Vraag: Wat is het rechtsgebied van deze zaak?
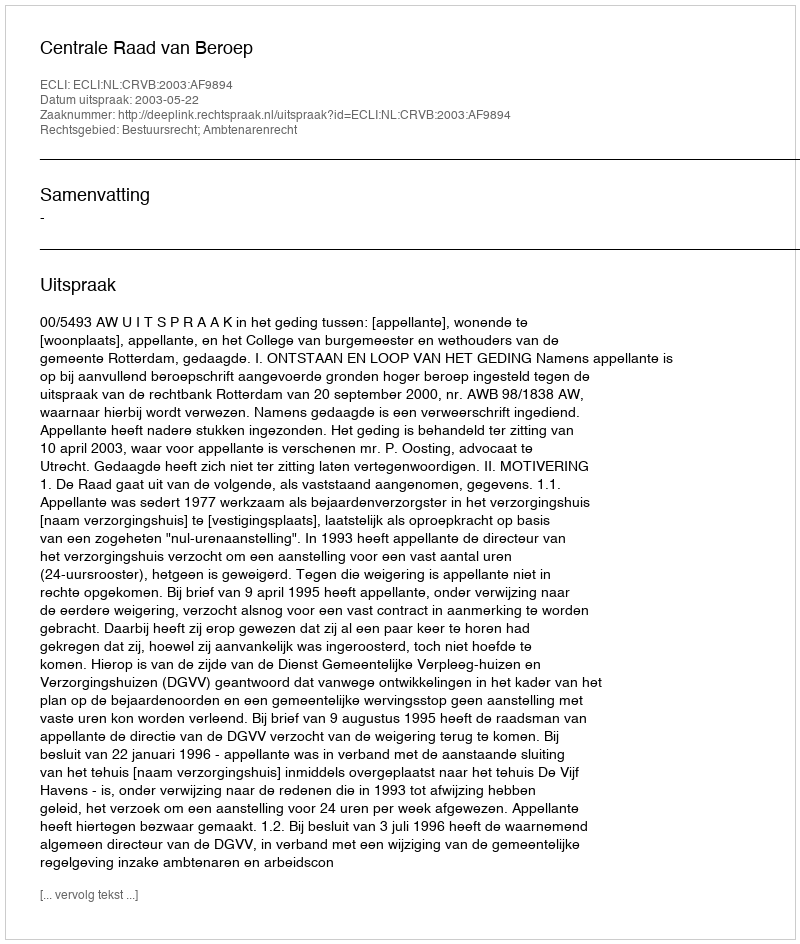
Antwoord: Bestuursrecht; Ambtenarenrecht